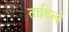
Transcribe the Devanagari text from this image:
ताडिलें